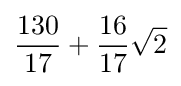
{\frac {130}{17}}+{\frac {16}{17}}{\sqrt {2}}